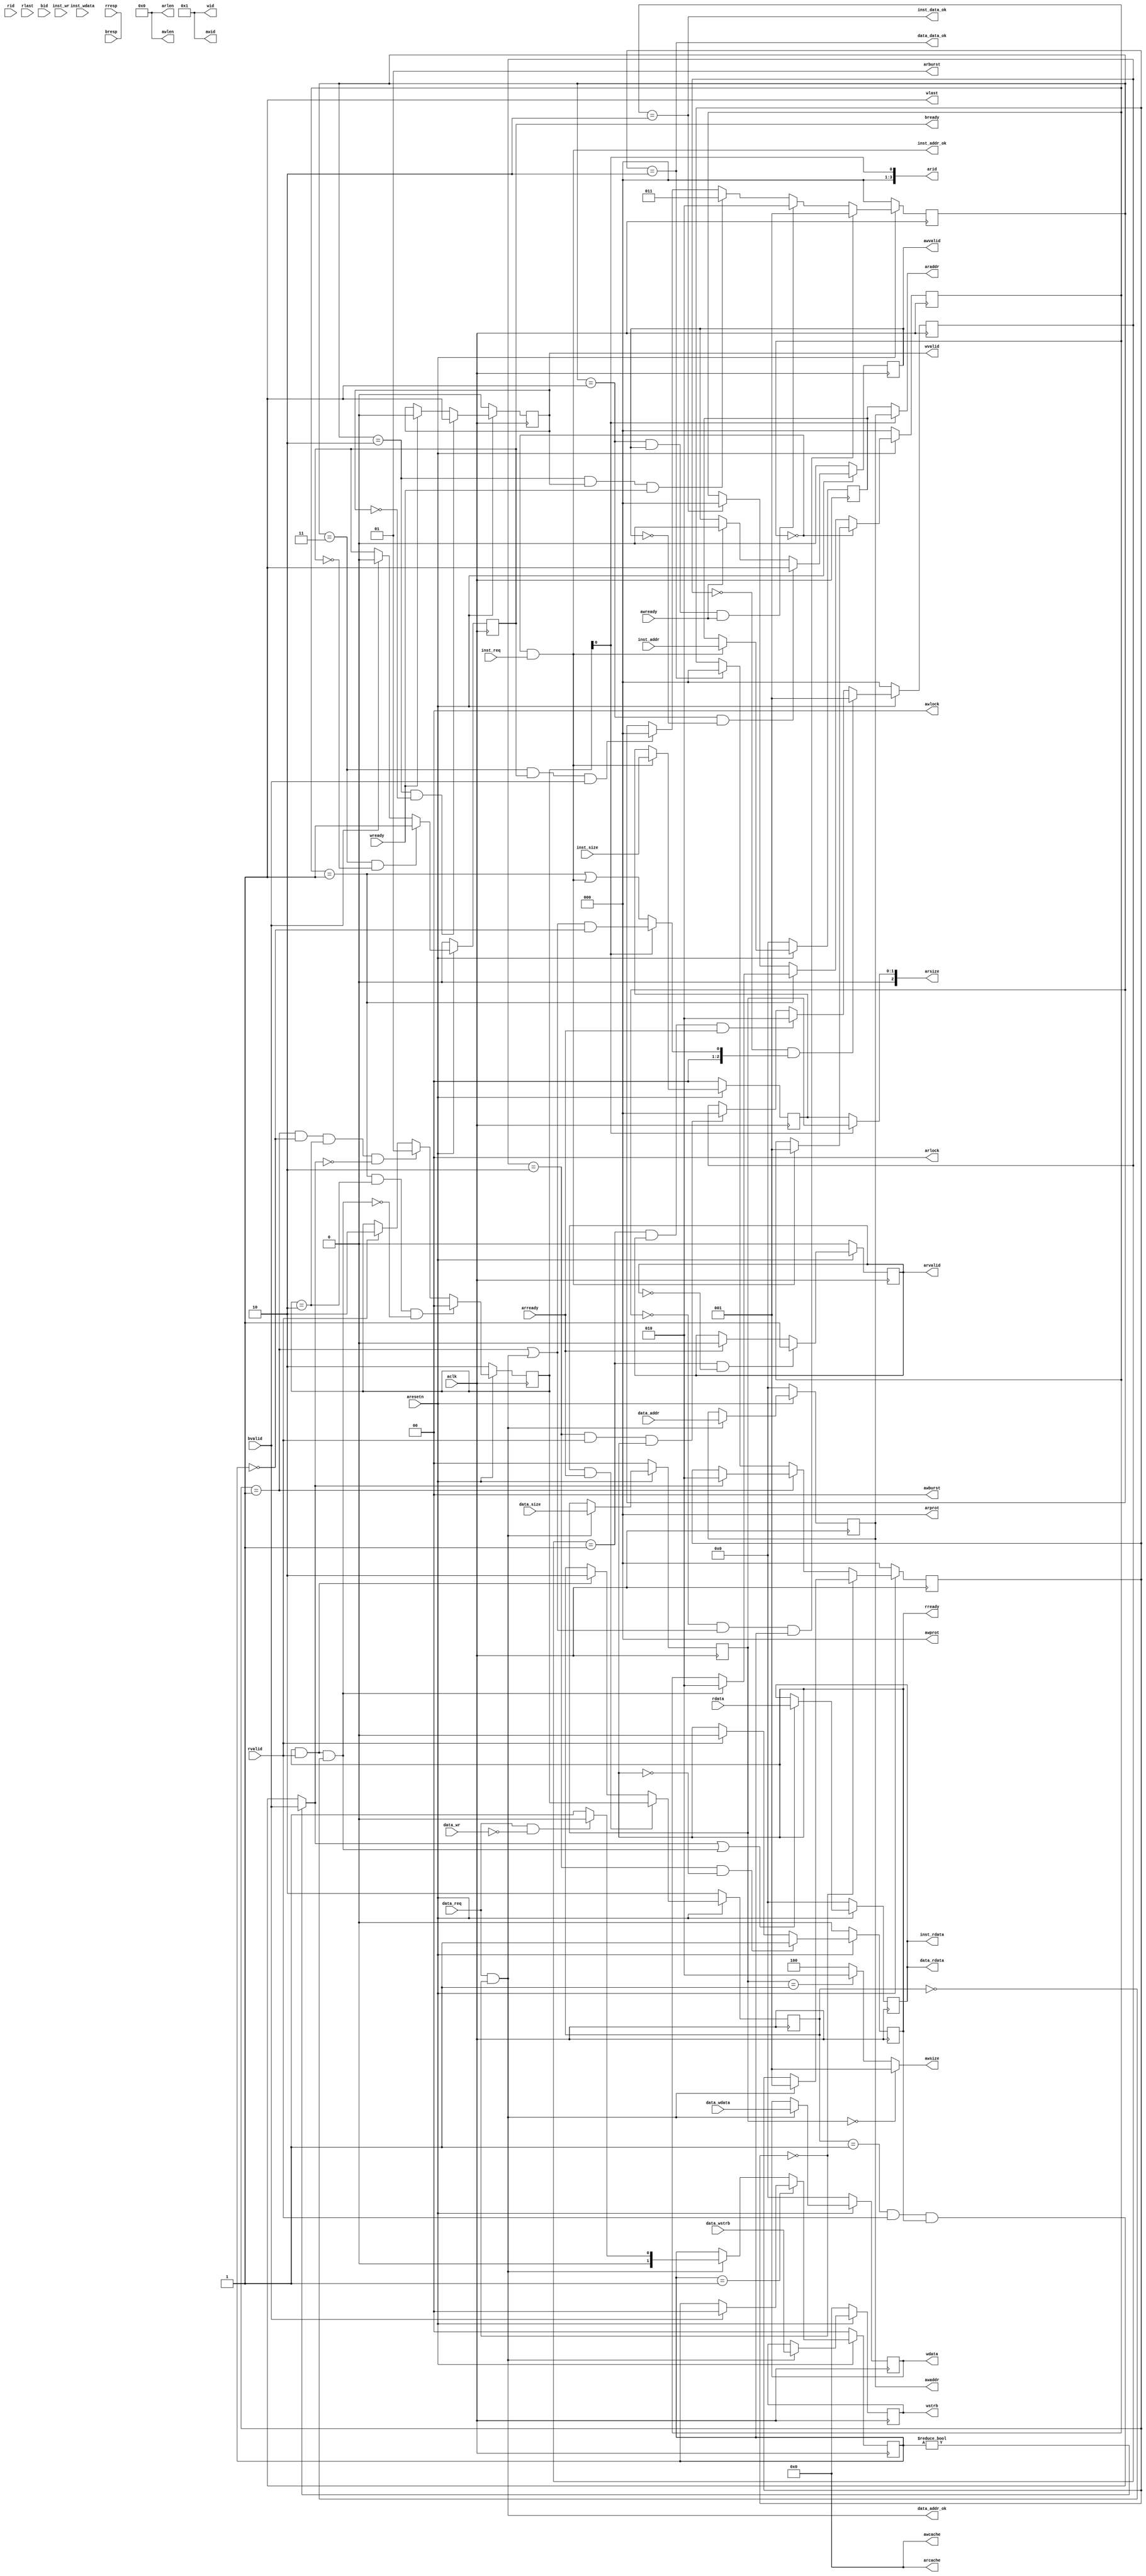
module bridge
(
	//input	[5:0] int,
    input         aclk,
    input         aresetn, 

    //------inst sram-like-------
    input          inst_req    ,
    input          inst_wr     ,
    input   [1 :0] inst_size   ,
    input   [31:0] inst_addr   ,
    input   [31:0] inst_wdata  ,
    output  [31:0] inst_rdata  ,
    output         inst_addr_ok,
    output         inst_data_ok,
    
    //------data sram-like-------
    input            data_req    ,
    input            data_wr     ,
    input     [1 :0] data_size   ,
    input     [31:0] data_addr   ,
    input     [31:0] data_wdata  ,
    input     [3:0 ] data_wstrb  ,
    output    [31:0] data_rdata  ,
    output           data_addr_ok,
    output           data_data_ok,

	//------debug------
	//output [31:0] 	debug_wb_pc,
	//output [3:0] 	debug_wb_rf_wen,
	//output [4:0] 	debug_wb_rf_wnum,
	//output [31:0] 	debug_wb_rf_wdata,

    //ar
    output  [3 :0] arid   ,
    output  [31:0] araddr,
    output  [7 :0] arlen  ,
    output  [2 :0] arsize ,
    output  [1 :0] arburst,
    output  [1 :0] arlock ,
    output  [3 :0] arcache,
    output  [2 :0] arprot ,
    output  reg    arvalid,
    input          arready,
    //r
    input [3 :0] rid    ,
    input [31:0] rdata  ,
    input [1 :0] rresp ,
    input        rlast ,
    input        rvalid ,
    output  reg  rready ,
    //aw
    output  [3 :0] awid   ,
    output  [31:0] awaddr ,
    output  [7 :0] awlen  ,
    output  [2 :0] awsize ,
    output  [1 :0] awburst,
    output  [1 :0] awlock ,
    output  [3 :0] awcache,
    output  [2 :0] awprot ,
    output  reg    awvalid,
    input          awready,
    //w
    output  [3 :0] wid    ,
    output  [31:0] wdata  ,
    output  [3 :0] wstrb  ,
    output         wlast  ,
    output  reg    wvalid ,
    input          wready ,
    //b
    input [3 :0] bid    ,
    input [1 :0] bresp  ,
    input        bvalid ,
    output  reg  bready 
);

/*assign  debug_wb_pc = cpu_debug_wb_pc;
assign  debug_wb_rf_wen = cpu_debug_wb_rf_wen;
assign  debug_wb_rf_wnum = cpu_debug_wb_rf_wnum;
assign  debug_wb_rf_wdata = cpu_debug_wb_rf_wdata;

wire    cpu_debug_wb_pc;
wire    cpu_debug_wb_rf_wen;
wire    cpu_debug_wb_rf_wnum;
wire    cpu_debug_wb_rf_wdata;

mycpu mycpu(
    aresetn		,
	aclk		,

    //------inst sram-like-------
    inst_req    ,
    inst_wr     ,
    inst_size   ,
    inst_addr   ,
    inst_rdata  ,
	inst_wdata  ,
    inst_addr_ok,
    inst_data_ok,
    
    //------data sram-like-------
    data_req    ,
    data_wr     ,
    data_size   ,
    data_addr   ,
    data_wdata  ,
    data_wstrb  ,
    data_rdata  ,
    data_addr_ok,
    data_data_ok,

	cpu_debug_wb_pc,
    cpu_debug_wb_rf_wen,
    cpu_debug_wb_rf_wnum,
    cpu_debug_wb_rf_wdata
	);*/

    assign arlen    = 8'b0;
    assign arburst   = 2'b01;
    assign arlock   = 2'b0;
    assign arcache  = 4'b0;
    assign arprot   = 3'b0;

    assign rresp   = 2'b0;
    //assign rlast   = 1'b0;

    assign awid     = 3'b1;
    assign awlen    = 8'b0;
    assign awburst  = 2'b0;
    assign awlock   = 2'b0;
    assign awcache  = 4'b0;
    assign awprot   = 3'b0;

    assign wid      = 4'b1;
    assign wlast    = 1'b1;

    //assign bid      = 4'b0;/////????????
    assign bresp    = 2'b0;

    //rst
    assign rst = !aresetn;

    //////sram //////data
    //mode
    reg [1:0] data_mode;
    always @(posedge aclk)
    begin
        if(rst)
        begin
            data_mode <= 1'b0;
        end
        else if(data_mode == 1'b1)
        begin
            if(bvalid == 1'b1)
            begin
                data_mode <= 1'b0;
            end
        end
        else if(mode_change)
        begin
            if(mode_read)
            begin
                data_mode <= 1'b0;
            end
            else
            begin
                data_mode <= 1'b1;
            end
        end
    end

    reg [2:0] data_work_state;
    always @(posedge aclk)
    begin
        if(rst)
        begin
            data_work_state <= 3'b0;
        end
        /*else if(mode_change)
        begin
            data_work_state <= 3'b0;
        end*/
        else if(data_work_state == 3'b0)
        begin
            if(data_addr_ok == 1'b1)
            begin
                data_work_state <= 3'b1;
            end
        end
        else if(data_work_state == 3'b1)
        begin
            if(data_data_ready == 1'b1)
            begin
                data_work_state <= 3'd2;
            end
        end
        else if(data_work_state == 3'd2)
        begin
            data_work_state <= 3'b0;
        end
    end

    wire    mode_change;
    assign  mode_change = data_req && (data_work_state == 3'b0);
    //reg [2:0] data_work_state_record;

    wire    mode_read;
    wire    mode_write;
    assign  mode_read   = data_req && ~data_wr;
    assign  mode_write  = data_req && data_wr;

    assign  data_addr_ok    = (data_work_state == 3'b0) && data_req;
    assign  data_data_ready = data_mode ? bvalid : ((source_reg == 2'b1) && rvalid && rready);
    assign  data_data_ok    = (data_work_state == 3'd2);
    assign  data_rdata      = data;

    reg [31:0]data;
    always @(posedge aclk)
    begin
        if(rst)
        begin
            data <= 32'b0;
        end
        else if(data_data_ready || inst_data_ready)
        begin
            data <= rdata;
        end
    end

    reg [31:0] data_addr_reg;
    always @(posedge aclk)
    begin
        if(rst)
        begin
            data_addr_reg <= 32'b0;
        end
        else if(data_addr_ok)
        begin
            data_addr_reg <= data_addr;
        end
    end

    reg [31:0] data_wdata_reg;
    always @(posedge aclk)
    begin
        if(rst)
        begin
            data_wdata_reg <= 32'b0;
        end
        else if(data_addr_ok)
        begin
            data_wdata_reg <= data_wdata;
        end
    end

    reg [3:0] data_wstrb_reg;
    always @(posedge aclk)
    begin
        if(rst)
        begin
            data_wstrb_reg <= 4'b0;
        end
        else if(data_addr_ok)
        begin
            data_wstrb_reg <= data_wstrb;
        end
    end

    reg [1:0] data_size_reg;
    always @(posedge aclk)
    begin
        if(rst)
        begin
            data_size_reg <= 2'b0;
        end
        else if(data_addr_ok)
        begin
            data_size_reg <= data_size;
        end
    end

    wire[3:0] task_wstrb;
    reg [3:0] task_wstrb_reg;
    always @(posedge aclk)
    begin
        if(rst)
        begin
            task_wstrb_reg <= 4'b0;
        end
        else if(data_addr_ok)
        begin
            task_wstrb_reg <= task_wstrb;
        end
    end
    assign task_wstrb = ({4{(data_size == 2'b00) && (data_addr[1:0] == 2'b00)}} & 4'b0001) |
                        ({4{(data_size == 2'b00) && (data_addr[1:0] == 2'b01)}} & 4'b0010) |
                        ({4{(data_size == 2'b00) && (data_addr[1:0] == 2'b10)}} & 4'b0100) |
                        ({4{(data_size == 2'b00) && (data_addr[1:0] == 2'b11)}} & 4'b1000) |
                        ({4{(data_size == 2'b01) && (data_addr[1:0] == 2'b00)}} & 4'b0011) |
                        ({4{(data_size == 2'b01) && (data_addr[1:0] == 2'b10)}} & 4'b1100) |
                        ({4{(data_size == 2'b10) && (data_addr[1:0] == 2'b00)}} & 4'b1111);

    //////sram //////inst
    reg [2:0] inst_work_state;
    always @(posedge aclk)
    begin
        if(rst)
        begin
            inst_work_state <= 3'b0;
        end
        else if(inst_work_state == 3'b0)
        begin
            if(inst_addr_ok == 1'b1)
            begin
                inst_work_state <= 3'b1;
            end
        end
        else if(inst_work_state == 3'b1)
        begin
            if(inst_data_ready == 1'b1)
            begin
                inst_work_state <= 3'd2;
            end
        end
        else if(inst_work_state == 3'd2)
        begin
            inst_work_state <= 3'b0;
        end
    end

    assign  inst_addr_ok    = (inst_work_state == 3'b0) && inst_req;
    assign  inst_data_ready = rready && rvalid && (source_reg == 2'b0);
    assign  inst_data_ok    = (inst_work_state == 3'd2);
    assign  inst_rdata      = data;

    reg [31:0] inst_addr_reg;
    always @(posedge aclk)
    begin
        if(rst)
        begin
            inst_addr_reg <= 32'b0;
        end
        else if(inst_addr_ok)
        begin
            inst_addr_reg <= inst_addr;
        end
    end

    reg [1:0] inst_size_reg;
    always @(posedge aclk)
    begin
        if(rst)
        begin
            inst_size_reg <= 2'b0;
        end
        else if(inst_addr_ok)
        begin
            inst_size_reg <= inst_size;
        end
    end

    ///////axi //////write
    wire write_allow;
    assign write_allow = 1'b1;

    reg [2:0] axi_write_state;
    always @(posedge aclk)
    begin
        if(rst)
        begin
            axi_write_state <= 3'd0;
        end
        else if((axi_write_state == 3'd0) && ((data_work_state == 3'd1) || (data_addr_ok == 1'b1)) && data_mode)
        begin
            axi_write_state <= 3'd1;
        end
        else if((axi_write_state == 3'd1) && (awvalid == 1'b1) && (awready == 1'b1))
        begin
            axi_write_state <= 3'd2;
        end
        else if((axi_write_state == 3'd2) && (wvalid == 1'b1) && (wready == 1'b1))
        begin
            axi_write_state <= 3'd3;
        end
        else if((axi_write_state == 3'd3) && (bready == 1'b1) && (bvalid == 1'b1))
         begin
            axi_write_state <= 3'd0;
        end
    end

    assign awaddr   = data_addr_reg;
    assign awsize   =   (data_size_reg == 2'd0) ? 3'd1 :
                        (data_size_reg == 2'd1) ? 3'd2 :
                        3'd4;

    always @(posedge aclk)
    begin
        if(rst)
        begin
            awvalid <= 1'b0;
        end
        else if((axi_write_state == 3'd1) && (awvalid == 1'b0))
        begin
            awvalid <= 1'b1;
        end
        else if(awready == 1'b1)
        begin
            awvalid <= 1'b0;
        end
    end

    assign wdata    = data_wdata_reg;
    assign wstrb    = data_wstrb_reg;

    always @(posedge aclk)
    begin
        if(rst)
        begin
            wvalid <= 1'b0;
        end
        else if((axi_write_state == 3'd2) && (wvalid == 1'b0))
        begin
            wvalid <= 1'b1;
        end
        else if(wready == 1'b1)
        begin
            wvalid <= 1'b0;
        end
    end

    always @(posedge aclk)
    begin
        if(rst)
        begin
            bready <= 1'b0;
        end
        else if((axi_write_state == 3'd3) && (bready == 1'b0))
        begin
            bready <= 1'b1;
        end
        else if(bvalid == 1'b1)
        begin
            bready <= 1'b0;
        end
    end

    ///////axi //////read
    reg [1:0]source;
    always @(posedge aclk)
    begin
        if(rst)
        begin
            source <= 2'd2;
        end
		else if((inst_work_state == 1'b1) && (source == 2'd2) && !inst_data_ready)
        begin
            source <= 2'd0;
        end
		else if((data_work_state == 1'b1) && (data_mode == 1'b0) && (source == 2'd2) && !data_data_ready)
        begin
            source <= 2'd1;
        end
        else if(rvalid == 1'b1)
        begin
            source <= 2'd2;
        end
    end

    reg[1:0] source_reg;
    always @(posedge aclk)
    begin
        if(rst)
        begin
            source_reg <= 2'd2;
        end
        else if(arvalid && arready)
        begin
            source_reg <= source;
        end
        else if(rvalid && rready)
        begin
            source_reg <= 2'd2;
        end
    end


    wire [2:0] state_input;
    assign state_input = arid ? (((data_work_state == 3'd1) || (data_addr_ok == 1'b1)) && (data_mode == 1'b0)) : ((inst_work_state == 3'd1) || (inst_addr_ok == 1'b1));

    reg [2:0] axi_read_state;
    always @(posedge aclk)
    begin
        if(rst)
        begin
            axi_read_state <= 3'd0;
        end
        else if((axi_read_state == 3'd0) && state_input)
        begin
            axi_read_state <= 3'd1;
        end
        else if((axi_read_state == 3'd1) && (arvalid == 1'b1) && (arready == 1'b1))
        begin
            axi_read_state <= 3'd2;
        end
        else if((axi_read_state == 3'd2) && (rvalid == 1'b1) && (rready == 1'b1))
         begin
            axi_read_state <= 3'd0;
        end
    end

    assign arid     = source[0];
    assign araddr  = arid ? data_addr_reg : inst_addr_reg;
    assign arsize   = arid ? data_size_reg : inst_size_reg;

    always @(posedge aclk)
    begin
        if(rst)
        begin
            arvalid <= 1'b0;
        end
        else if((axi_read_state == 3'd1) && (arvalid == 1'b0))
        begin
            arvalid <= 1'b1;
        end
        else if(arready == 1'b1)
        begin
            arvalid <= 1'b0;
        end
    end

    always @(posedge aclk)
    begin
        if(rst)
        begin
            rready <= 1'b0;
        end
        else if((axi_read_state == 3'd2) && (rready == 1'b0))
        begin
            rready <= 1'b1;
        end
        else if(rvalid == 1'b1)
        begin
            rready <= 1'b0;
        end
    end

endmodule